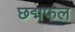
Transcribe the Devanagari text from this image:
छद्मफल